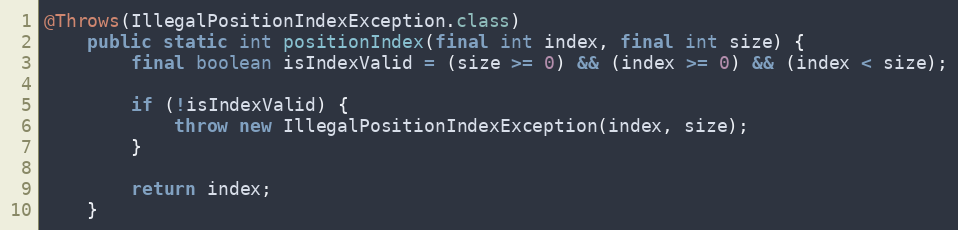
Language: Java
@Throws(IllegalPositionIndexException.class)
	public static int positionIndex(final int index, final int size) {
		final boolean isIndexValid = (size >= 0) && (index >= 0) && (index < size);

		if (!isIndexValid) {
			throw new IllegalPositionIndexException(index, size);
		}

		return index;
	}